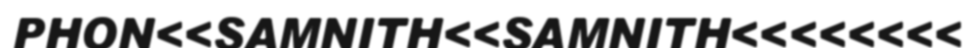
PHON<<SAMNITH<<SAMNITH<<<<<<<<